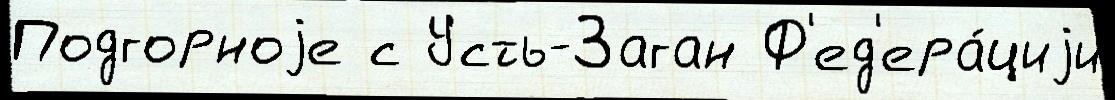
Подгорноjе с Усть-Заган Ф'ед'ера́циjи